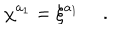
LaTeX: \chi ^ { a _ { 1 } } = \xi ^ { a _ { 1 } } \ .